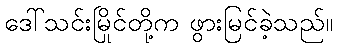
ဒေါ်သင်းမြိုင်တို့က ဖွားမြင်ခဲ့သည်။